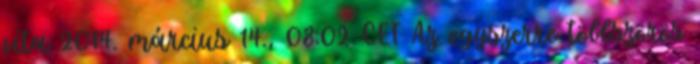
vita 2014. március 14., 08:02 CET Az egyszerre többszörös